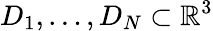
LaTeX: D_{1},\ldots,D_{N}\subset\mathbb{R}^{3}